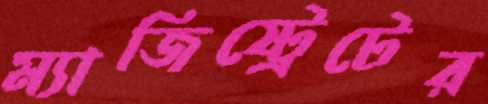
ম্যাজিষ্ট্রেটের